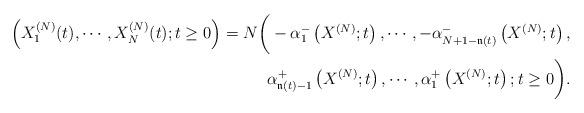
LaTeX: \begin{align*}\left(X^{(N)}_1(t),\cdots, X^{(N)}_N(t);t\ge 0\right)=N\bigg(-\alpha_1^{-}\left(X^{(N)};t\right),\cdots,-\alpha_{N+1-\mathfrak{n}(t)}^{-}\left(X^{(N)};t\right),\\ \alpha_{\mathfrak{n}(t)-1}^{+}\left(X^{(N)};t\right),\cdots,\alpha_1^{+}\left(X^{(N)};t\right);t\ge 0\bigg).\end{align*}